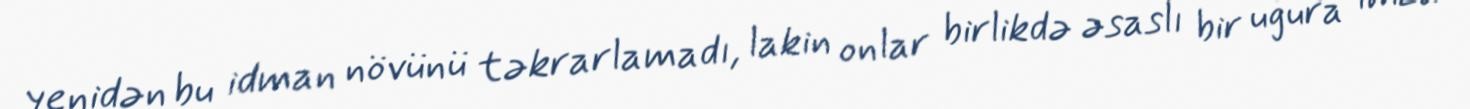
yenidən bu idman növünü təkrarlamadı, lakin onlar birlikdə əsaslı bir uğura imza